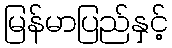
မြန်မာပြည်နှင့်